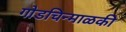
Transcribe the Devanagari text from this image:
गोडचिन्माळकी